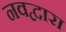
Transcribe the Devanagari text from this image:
नवद्वारा